Report of the veterinary officer investigating camel disease
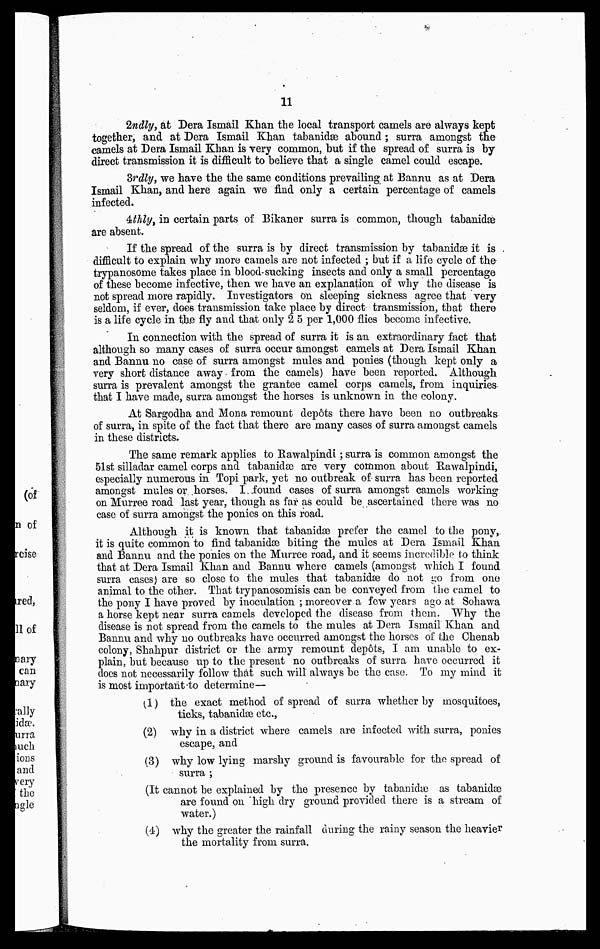
11
2ndly, at Dera Ismail Khan the local transport camels are always kept
together, and at Dera Ismail Khan tabanidae abound; surra amongst the
camels at Dera Ismail Khan is very common, but if the spread of surra is by
direct transmission it is difficult to believe that a single camel could escape.
Srdly, we have the the same conditions prevailing at Bannu as at Dera
Ismail Khan, and here again we find only a certain percentage of camels
infected.
4thly, in certain parts of Bikaner surra is common, though tabanidse
are absent.
If the spread of the surra is by direct transmission by tabanidae it is
difficult to explain why more camels are not infected ; but if a life cycle of the
trypanosome takes place in blood-sucking insects and only a small percentage
of these become infective, then we have an explanation of why the disease is
not spread more rapidly. Investigators on sleeping sickness agree that very
seldom, if ever, does transmission take place by direct transmission, that there
is a life cycle in the fly and that only 2 5 per 1,000 flies become infective.
In connection with the spread of surra it is an extraordinary fact that
although so many cases of surra occur amongst camels at Dera Ismail Khan
and Bannu no case of surra amongst mules and ponies (though kept only a
very short distance away from the camels) have been reported. Although
surra is prevalent amongst the grantee camel corps camels, from inquiries
that I have made, surra amongst the horses is unknown in the colony.
At Sargodha and Mona remount depots there have been no outbreaks
of surra, in spite of the fact that there are many cases of surra amongst camels
in these districts.
The same remark applies to Rawalpindi; surra is common amongst the
51st silladar camel corps and tabanidae are very common about Rawalpindi,
especially numerous in Topi park, yet no outbreak of surra has been reported
amongst mules or horses. I found cases of surra amongst camels working
on Murree road last year, though as far as could be ascertained there was no
case of surra amongst the ponies on this road.
Although it is known that tabanidae prefer the camel to the pony,
it is quite common to find tabanidae biting the mules at Dera Ismail Khan
and Bannu and the ponies on the Murree road, and it seems incredible to think
that at Dera Ismail Khan and Bannu where camels (amongst which I found
surra cases) are so close to the mules that tabanidae do not go from one
animal to the other. That trypanosomisis can be conveyed from the camel to
the pony I have proved by inoculation ; moreover a few years ago at Sohawa
a horse kept near surra camels developed the disease from them. "Why the
disease is not spread from the camels to the mules at Dora Ismail Khan and
Bannu and why no outbreaks have occurred amongst the horses of the Chenab
colony, Shahpur district or the army remount depots, I am unable to ex-
plain, but because up to the present no outbreaks of surra have occurred it
does not necessarily follow that such will always be the case. To my mind it
is most important to determine—
(1) the exact method of spread of surra whether by mosquitoes,
ticks, tabanidae etc.,
(2) why in a district where camels are infected with surra, ponies
escape, and
(3) why low lying marshy ground is favourable for the spread of
surra ;
(It cannot be explained by the prsence by tabanidae as tabanidae
are found on high dry ground provided there is a stream of
water.)
(4) why the greater the rainfall during the rainy season the heavier
the mortality from surra.